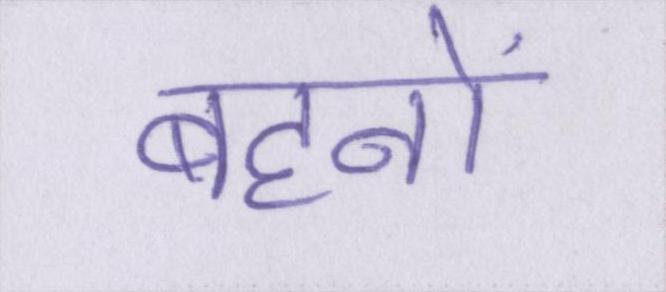
बहनों